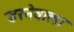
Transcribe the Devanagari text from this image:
डरनेवाला